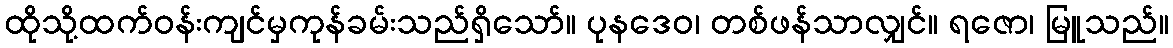
ထိုသို့ထက်ဝန်းကျင်မှကုန်ခမ်းသည်ရှိသော်။ ပုနဒေဝ၊ တစ်ဖန်သာလျှင်။ ရဇော၊ မြူသည်။